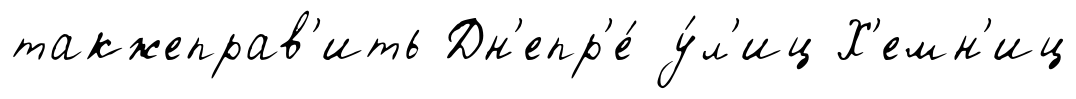
такжеправ'ить Дн'епр'е́ у́л'иц Х'емн'иц